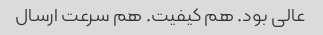
عالی بود. هم کیفیت. هم سرعت ارسال